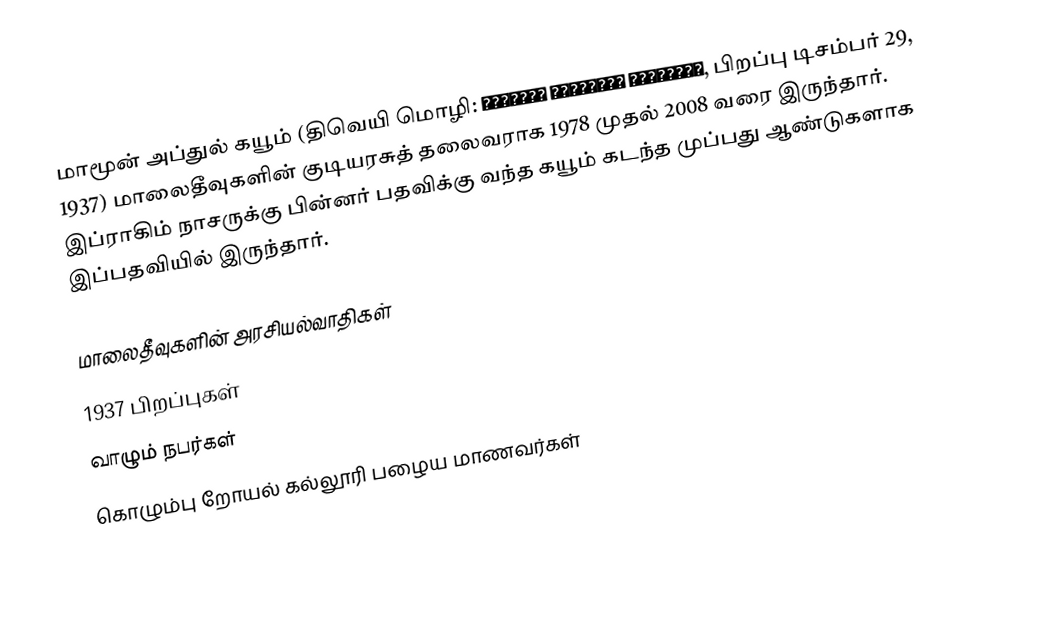
மாமூன் அப்துல் கயூம் (திவெயி மொழி: މައުމޫނު އަބްދުލް ގައްޔޫމ, பிறப்பு டிசம்பர் 29, 1937) மாலைதீவுகளின் குடியரசுத் தலைவராக 1978 முதல் 2008 வரை இருந்தார். இப்ராகிம் நாசருக்கு பின்னர் பதவிக்கு வந்த கயூம் கடந்த முப்பது ஆண்டுகளாக இப்பதவியில் இருந்தார்.

மாலைதீவுகளின் அரசியல்வாதிகள்
1937 பிறப்புகள்
வாழும் நபர்கள்
கொழும்பு றோயல் கல்லூரி பழைய மாணவர்கள்